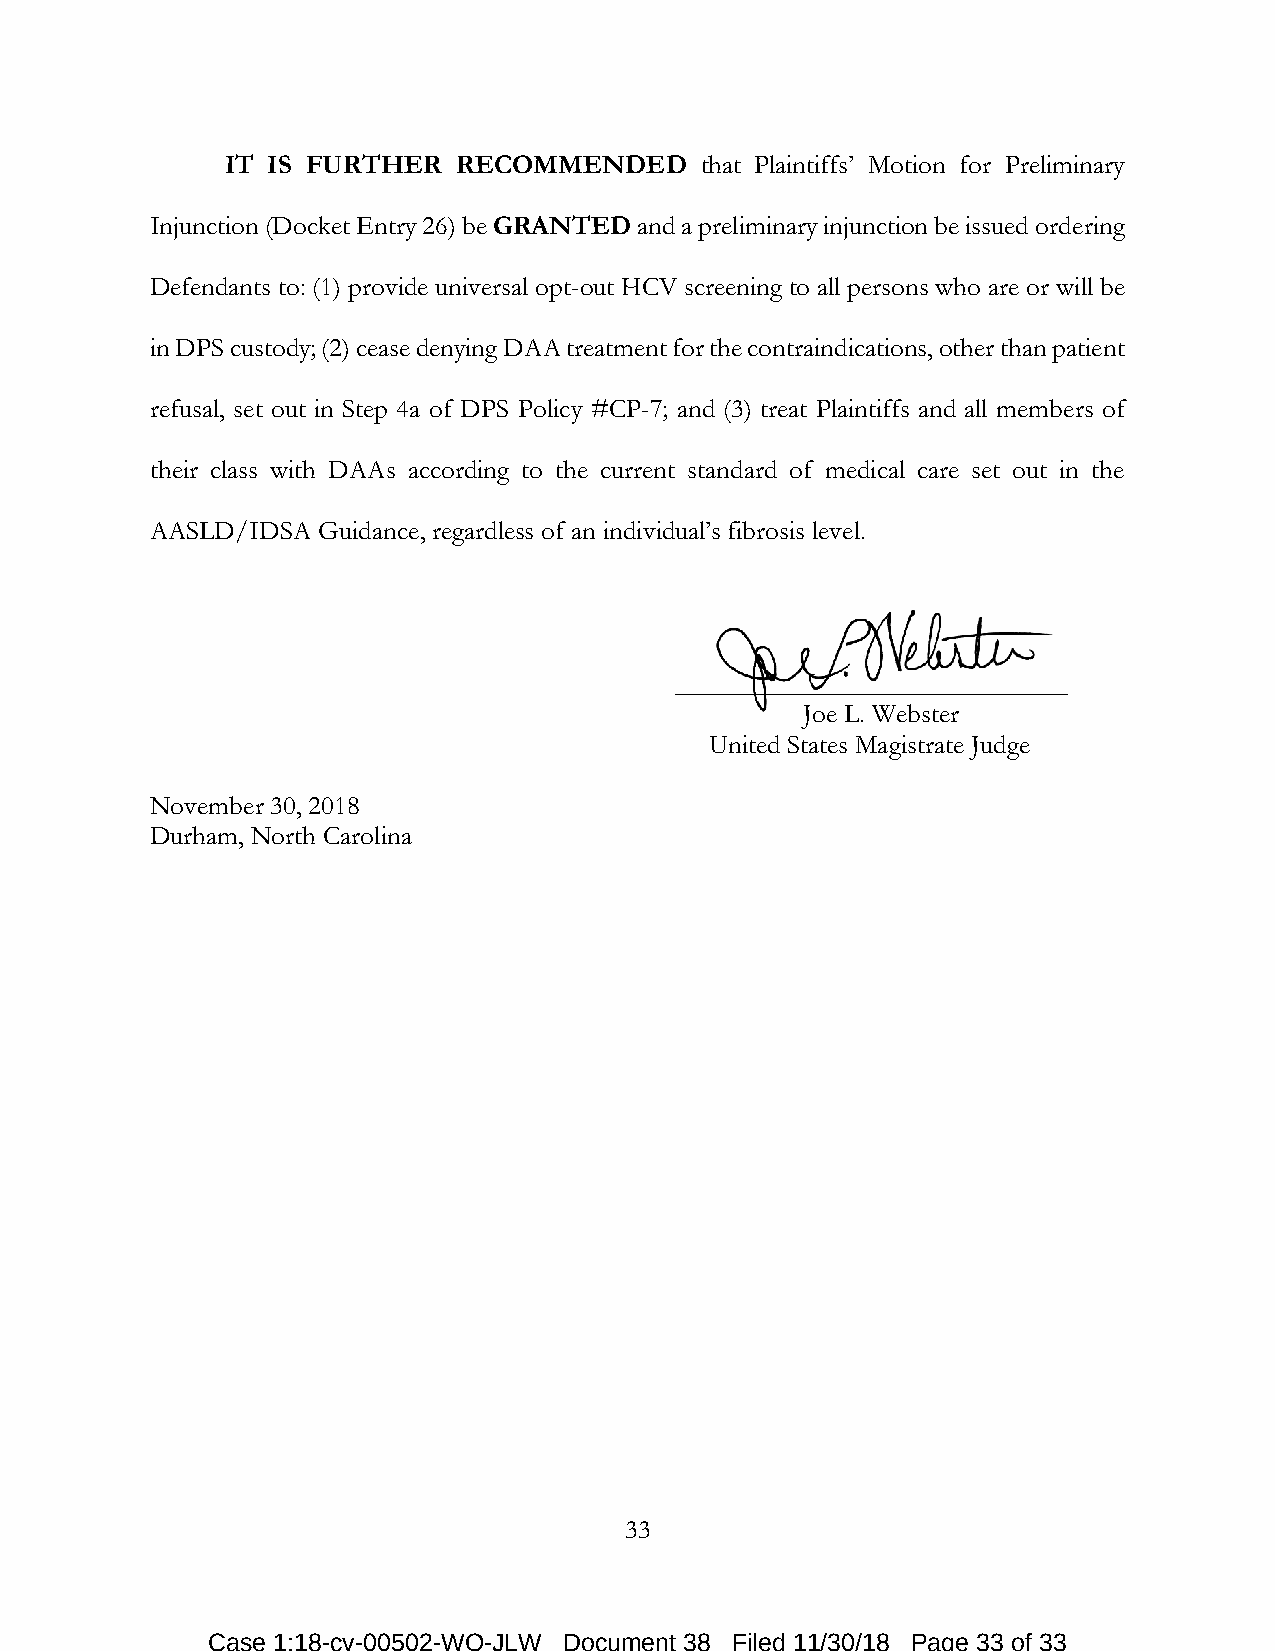
IT IS FURTHER  RECOMMENDED     that Plaintiffs’ Motion for Preliminary
 Injunction (Docket Entry 26) be GRANTED and a preliminary injunction be issued ordering
 Defendants to: (1) provide universal opt-out HCV screening to all persons who are or will be
 in DPS custody; (2) cease denying DAA treatment for the contraindications, other than patient
 refusal, set out in Step 4a of DPS Policy #CP-7; and (3) treat Plaintiffs and all members of
 their class with DAAs according to the current standard of medical care set out in the
 AASLD/IDSA Guidance, regardless of an individual’s fibrosis level.
 _____________________________
 Joe L. Webster
 United States Magistrate Judge
 November 30, 2018
 Durham, North Carolina
 33
 Case 1:18-cv-00502-WO-JLW Document 38 Filed 11/30/18 Page 33 of 33